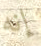
إنه